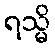
ရသ္မိ